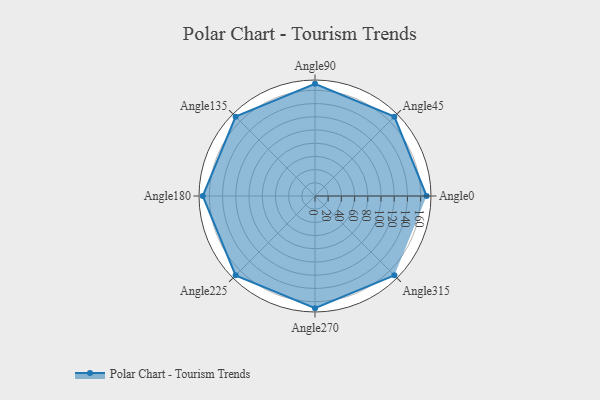
{"axis": {"x": "Angle", "y": "Radius"}, "legend": [""], "data": [{"x": "Angle0", "y": 169.0, "type": ""}, {"x": "Angle45", "y": 170, "type": ""}, {"x": "Angle90", "y": 170, "type": ""}, {"x": "Angle135", "y": 170, "type": ""}, {"x": "Angle180", "y": 170, "type": ""}, {"x": "Angle225", "y": 170, "type": ""}, {"x": "Angle270", "y": 170, "type": ""}, {"x": "Angle315", "y": 170, "type": ""}]}